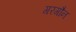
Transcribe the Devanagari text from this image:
गरगौन